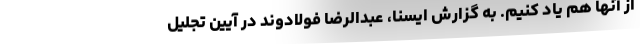
از آنها هم یاد کنیم. به گزارش ایسنا، عبدالرضا فولادوند در آیین تجلیل